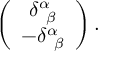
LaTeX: \left( \begin{array} { c } { { \delta _ { \; \; \beta } ^ { \alpha } } } \\ { { - \delta _ { \; \; \beta } ^ { \alpha } } } \end{array} \right) .